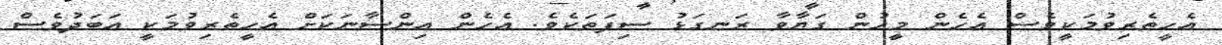
އެހީތެރިވުމަކީވެސް އެހެން މީހުން ގަޔާވާ ރަނގަޅު ސިފަތަކެވެ. އެހެން އިންސާނަކަށް އެހީތެރިވުމަކީ އަބަދުވެސް